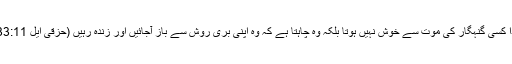
خدا کسی گنہگار کی موت سے خوش نہیں ہوتا بلکہ وہ چاہتا ہے کہ وہ اپنی بری روش سے باز آجائیں اور زندہ رہیں (حزقی ایل 33:11)۔